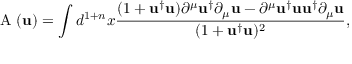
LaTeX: \mathrm { ~ \cal { A } ~ } ( { \mathbf { u } } ) = \int d ^ { 1 + n } x \frac { ( 1 + { \mathbf { u } } ^ { \dag } { \mathbf { u } } ) \partial ^ { \mu } { \mathbf { u } } ^ { \dag } \partial _ { \mu } { \mathbf { u } } - \partial ^ { \mu } { \mathbf { u } } ^ { \dag } { \mathbf { u } } { \mathbf { u } } ^ { \dag } \partial _ { \mu } { \mathbf { u } } } { ( 1 + { \mathbf { u } } ^ { \dag } { \mathbf { u } } ) ^ { 2 } } ,